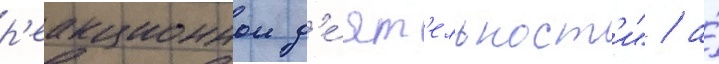
р'еакционнои д'е́ят'ельност'и" / а́